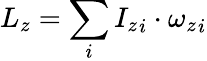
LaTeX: L_{z}=\sum_{i}{I_{z}}_{i}\cdot{\omega_{z}}_{i}